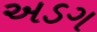
અડગ